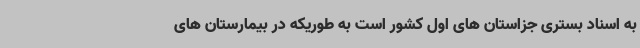
به اسناد بستری جزاستان های اول کشور است به طوریکه در بیمارستان های